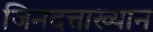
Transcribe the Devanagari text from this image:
जिनदत्ताख्यान